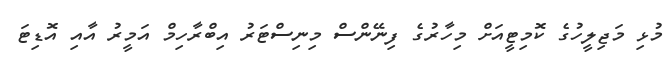
މުޅި މަޖިލީހުގެ ކޮމިޓީއަށް މިހާރުގެ ފިނޭންސް މިނިސްޓަރު އިބްރާހިމް އަމީރު އާއި އޮޑިޓަ